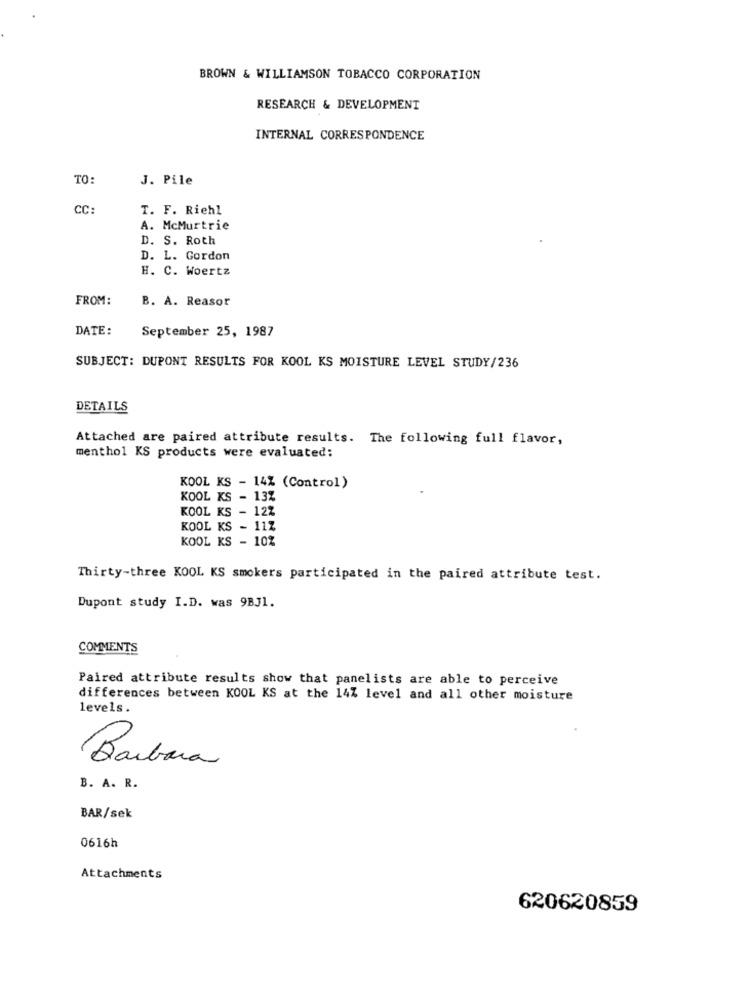
BROWN & WILLIAMSON TOBACCO CORPORATION
RESEARCH & DEVELOPMENT
INTERNAL CORRESPONDENCE
TO:
J. Pile
CC:
T. F. Riehl
A. McMurtrie
D. S. Roth
D. L. Gordon
H. C. Woertz
FROM:
B. A. Reasor
DATE:
September 25, 1987
SUBJECT: DUPONT RESULTS FOR KOOL KS MOISTURE LEVEL STUDY/236
DETAILS
Attached are paired attribute results. The following full flavor,
menthol KS products were evaluated:
KOOL KS - 14% (Control)
KOOL KS - 13%
KOOL KS - 12%
KOOL KS - 112
KOOL KS - 10%
Thirty-three KOOL KS smokers participated in the paired attribute test.
Dupont study I.D. was 9BJ1.
COMMENTS
Paired attribute results show that panelists are able to perceive
differences between KOOL KS at the 14% level and all other moisture
levels.
Barbara
B. A. R.
BAR/sek
0616h
Attachments
620620859